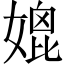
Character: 媲